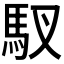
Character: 𫘅